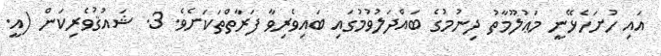
އައި ހުށަހެޅޭނީ މަޢުލޫމާތު ދިނުމުގެ ބައްދަލުވުމުގައި ބައިވެރިވާ ފަރާތްތަކަށެވެ. 3. ޝައުޤުވެރިކަން (އީ.